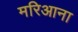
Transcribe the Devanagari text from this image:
मरिआना